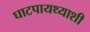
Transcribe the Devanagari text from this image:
घाटपायथ्याशी